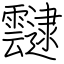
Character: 靆